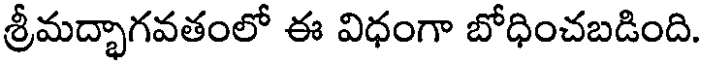
శ్రీమద్భాగవతంలో ఈ విధంగా బోధించబడింది.